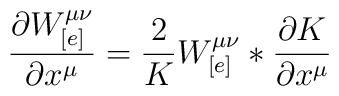
\frac{\partial W_{[e]}^{\mu\nu}}{\partial x^{\mu}} =\frac{2}{K} W_{[e]}^{\mu\nu} * \frac{\partial K}{\partial x^{\mu}}